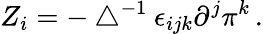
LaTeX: Z_{i}=-\bigtriangleup^{-1}\epsilon_{ijk}\partial^{j}\pi^{k}\, .